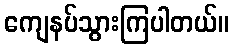
ကျေနပ်သွားကြပါတယ်။